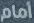
أمام